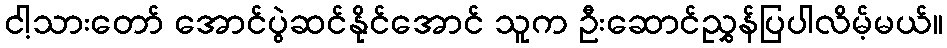
ငါ့သားတော် အောင်ပွဲဆင်နိုင်အောင် သူက ဦးဆောင်ညွှန်ပြပါလိမ့်မယ်။